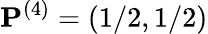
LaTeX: \mathbf{P}^{(4)}=(1/2,1/2)